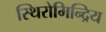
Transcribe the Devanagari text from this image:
स्थिरोमिन्द्रिय